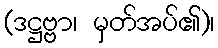
(ဒဋ္ဌဗ္ဗာ၊ မှတ်အပ်၏)၊